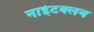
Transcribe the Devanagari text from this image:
नाईटक्लब